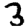
Digit: 3